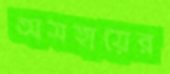
অসহায়ের